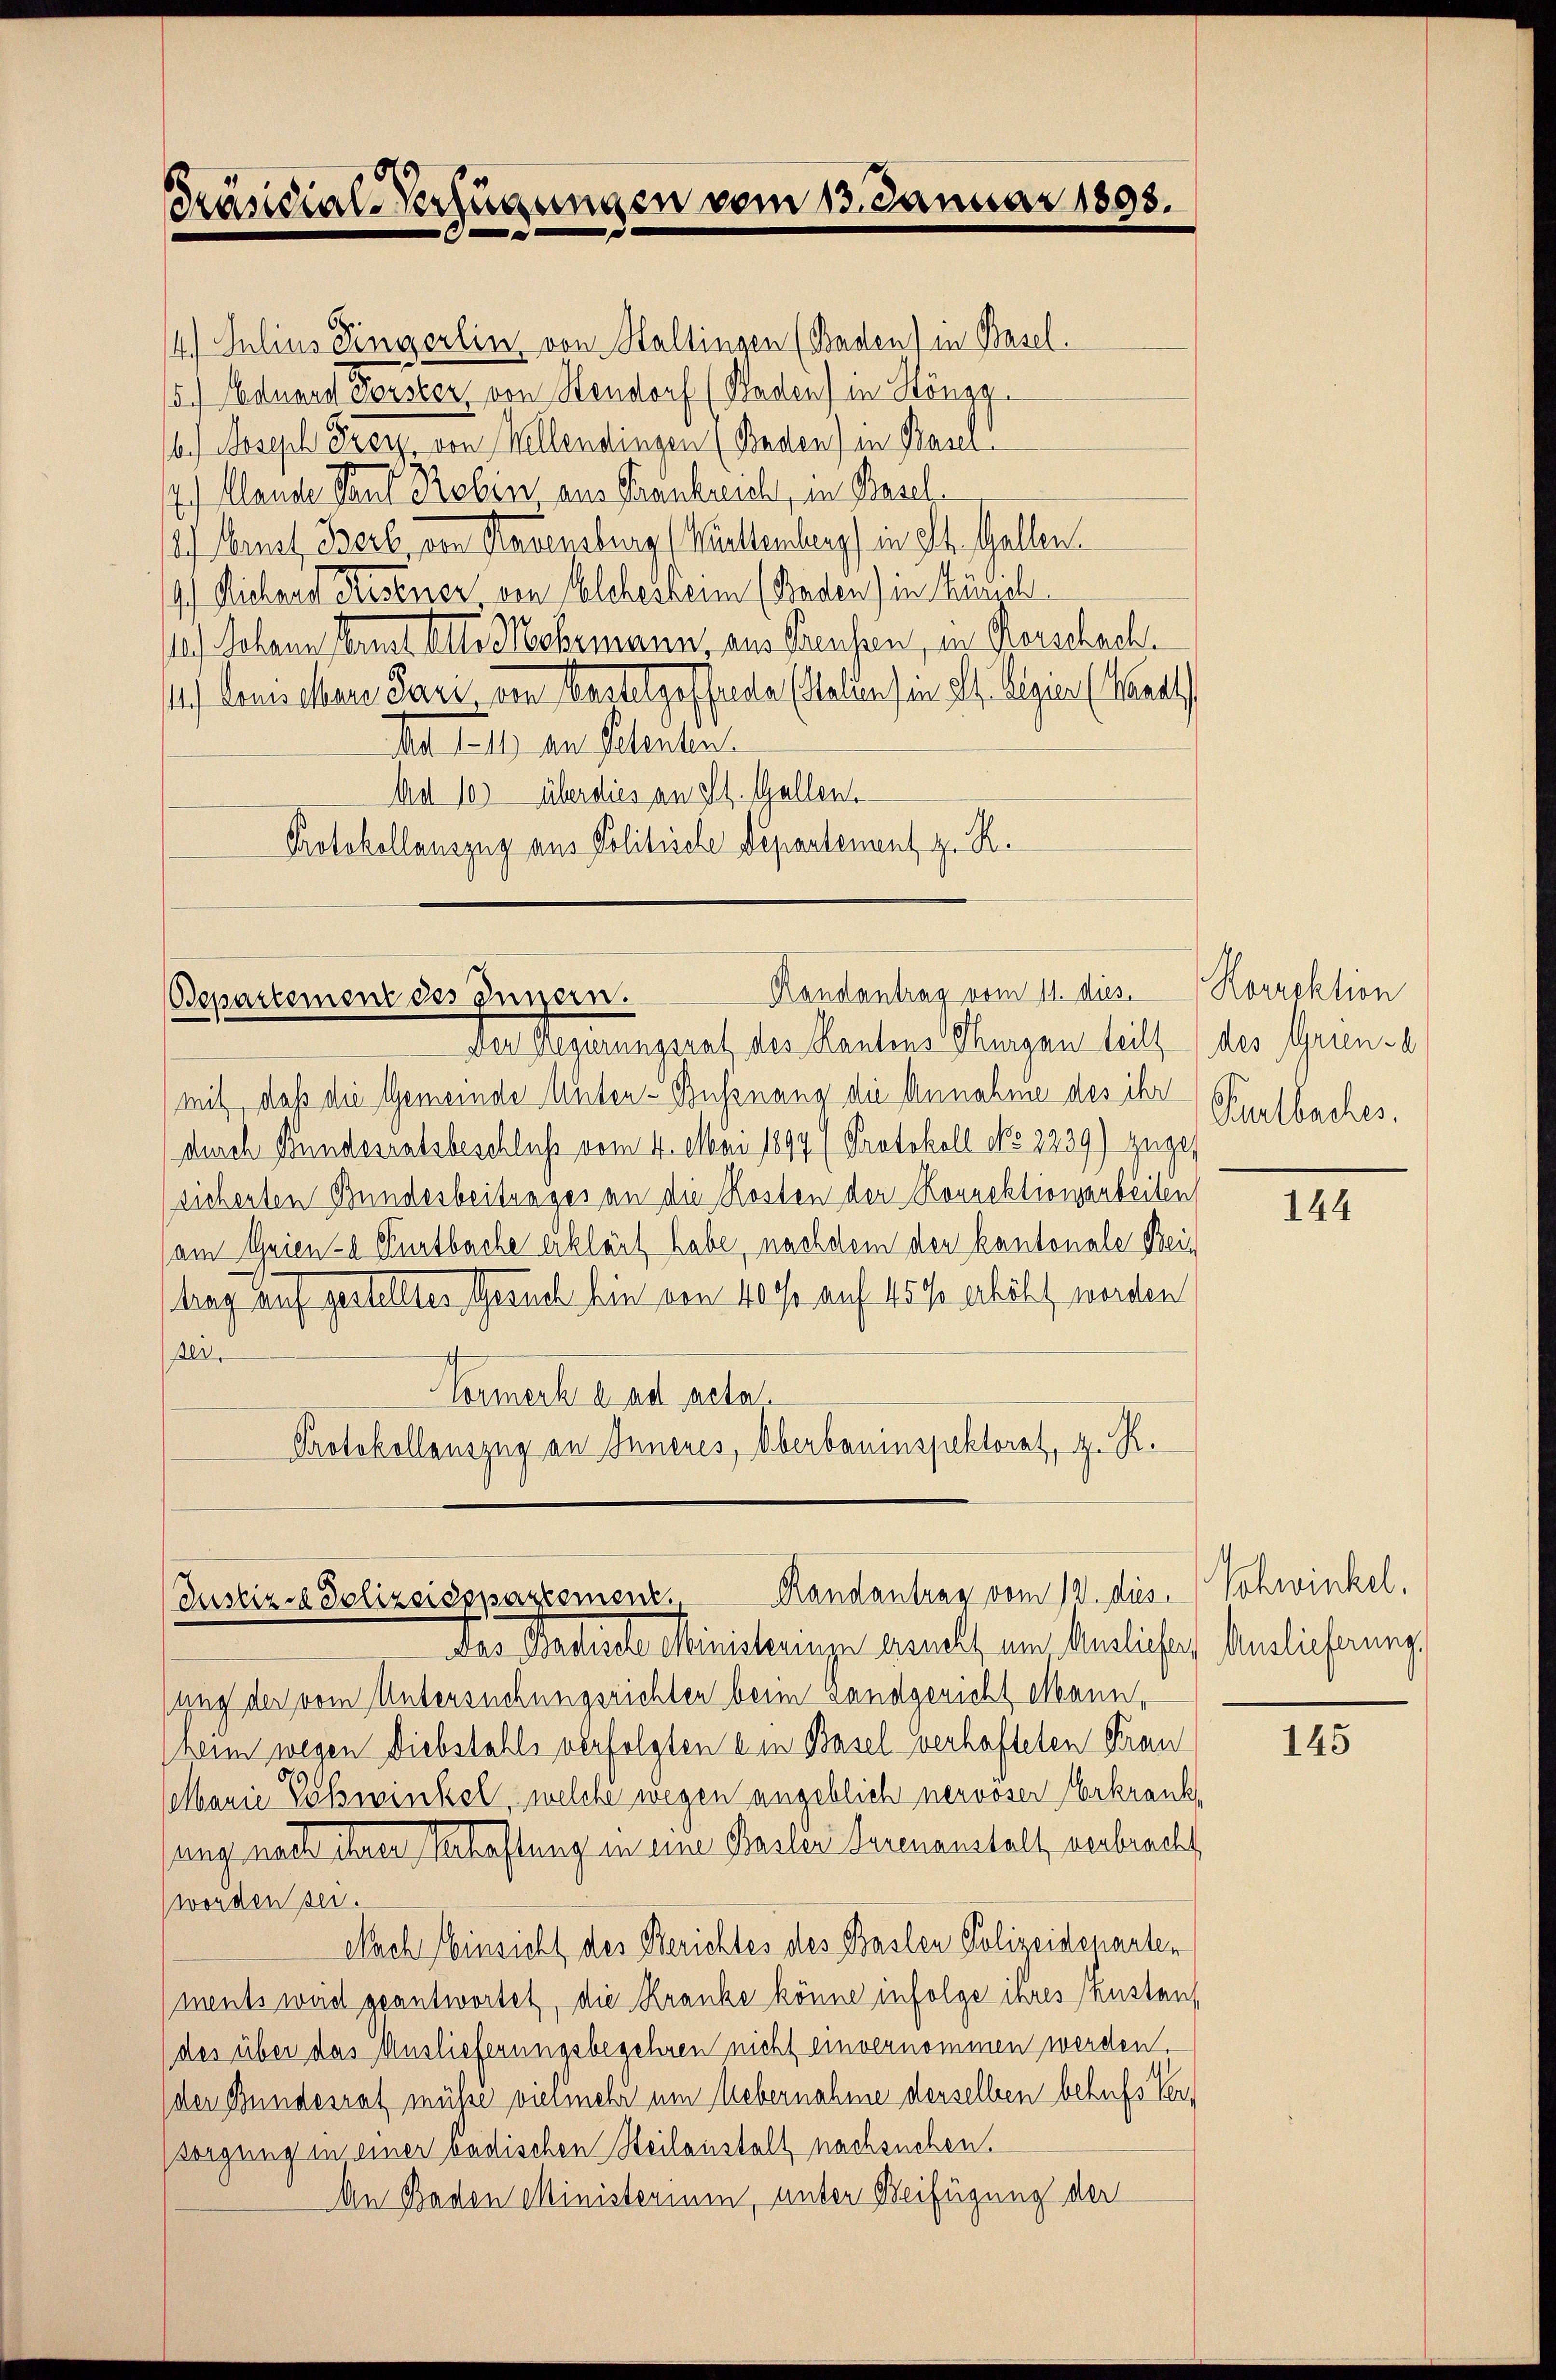
Präsidial-Verfügungen vom 13. Januar 1898.

Gr.
5.) Eduard Forster von Stendorf (Pladen) in Höngg
6.) Joseph Frey, von Wellendingen (Baden) in Baser
7.) Mande Stauf Neben, aus Frankreich, in Basel¬
2) Senat Berl, von Hagensburg (Willenberg in St. Gallen.
) Richard Festner von Welches keim (Baden) in Käsich
¬
10.) Johann Arnet Attes ehemann, aus Preussen, in Kerschach
1.) Demischen Pare von Anstelgesfreite (Stellen sie dh. Regier (Kra
As. Er den Petenten.
Ad 10. überdies an St. Gallen.
Protokollauszug aus Politische Departement z. R.

14. Julius eingerlin von Staltingen (Baden) in Basel.

mit, daß die Gemeinde Unter-Bußnang die Annahme des ihr
durch Bundesratsbeschluß vom 4. Mai 1894 (Protokoll No 2239) zugesicherten Bundesbeitunges an die Kosten der Korrektionsarbeiten
am Grien- Anntbache erklärt habe, nachdem den kantonale Beitrag auf gestelltes Gesuch bin von 40 so auf 15% erhöht werden
pes,
Formerk a. ad acta
Protokollauszug an Inneres, Oberbauinspektorat, z. R.

Randantrag vom 11. dies.
Bepartement des Innern.
Der Regierungsrat des Kantons Thurgau teilt

Randantrag vom 12. dies
Justiz - Polizeidepartement.
Der Satische Ministenage enelt, im Amtlichen Amtlicherung

ung der vom Untersuchungsrichten beim Landgericht Mann,
heim wegen Diebstahls verfolgten ein Basel verhafteten Kran
Marie Doswinkel, welche wegen angeblich nervöser Erkrank,
ung nach ihrer Schaftung in eine Basler Herenanstalt verbracht,
worden sei.
Nach Einsicht des Berichtes des Baslen Polizeidenarten
ments weid geantwortet, die Kranke könne infolge ihres Kustens
(des über das Auslieferungsbegehren nicht einvernommen werden
der Bundesrat müsse vielmehr um Uebernahme derselben behufs Versorgung in einer badischen Steilanstalt nachsuchen.
An Baden Ministerium, unter Beifügung der

Rorrektion
des Grien-
Purlbaches.

144

Schwinkel.

145